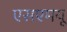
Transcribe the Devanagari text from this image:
एसएमयू